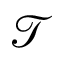
\mathcal { T }